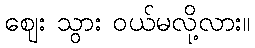
ဈေး သွား ဝယ်မလို့လား။